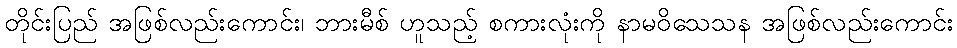
တိုင်းပြည် အဖြစ်လည်းကောင်း၊ ဘားမီစ် ဟူသည့် စကားလုံးကို နာမဝိသေသန အဖြစ်လည်းကောင်း